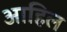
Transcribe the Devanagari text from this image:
आहिल